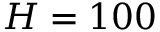
H = 1 0 0